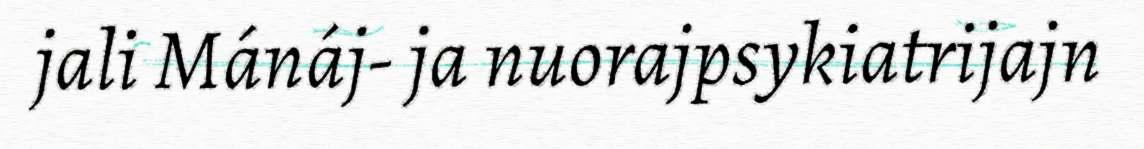
jali Mánáj- ja nuorajpsykiatrijajn